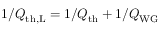
1 / Q _ { \mathrm { t h , L } } = 1 / Q _ { \mathrm { t h } } + 1 / Q _ { \mathrm { W G } }